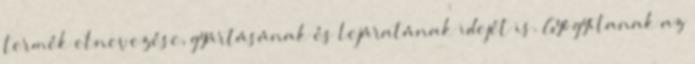
termék elnevezése, gyártásának és lejáratának idejét is. Gyógyítanak az